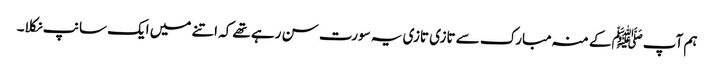
ہم آپﷺ کے منہ مبارک سے تازی تازی یہ سورت سن رہے تھے کہ اتنے میں ایک سانپ نکلا۔